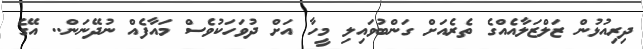
ދިރިއުޅުން ޒަލްޒަލާއެއްގެ ތެރެއަށް ގަންބުވައިލި މީހާ އަށް ދުވަހަކުވެސް މައާފެއް ނުދޭނަން.. އޭގެ